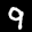
Label: 9